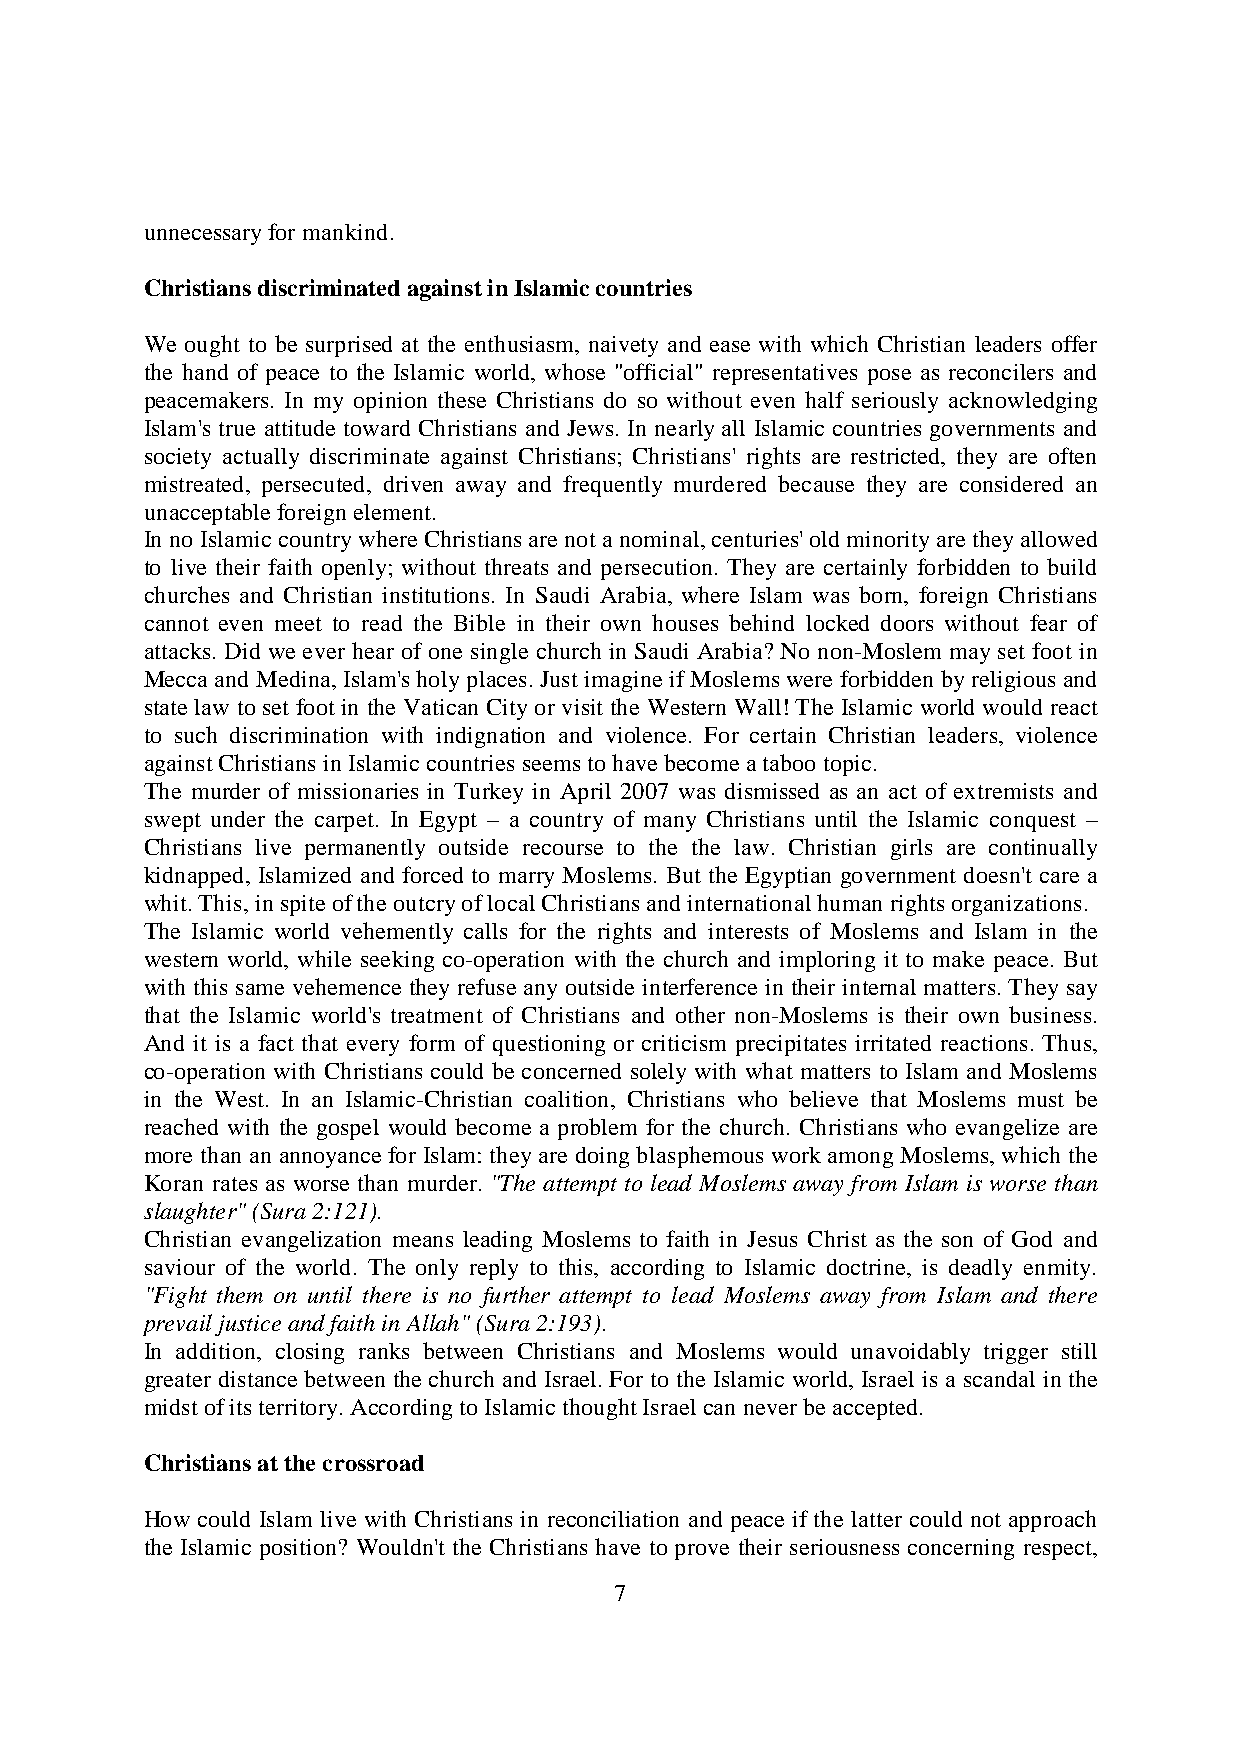
unnecessary for mankind.
 Christians discriminated against in Islamic countries
 We ought to be surprised at the enthusiasm, naivety and ease with which Christian leaders offer
 the hand of peace to the Islamic world, whose "official" representatives pose as reconcilers and
 peacemakers. In my opinion these Christians do so without even half seriously acknowledging
 Islam's true attitude toward Christians and Jews. In nearly all Islamic countries governments and
 society actually discriminate against Christians; Christians' rights are restricted, they are often
 mistreated, persecuted, driven away and frequently murdered because they are considered an
 unacceptable foreign element.
 In no Islamic country where Christians are not a nominal, centuries' old minority are they allowed
 to live their faith openly; without threats and persecution. They are certainly forbidden to build
 churches and Christian institutions. In Saudi Arabia, where Islam was born, foreign Christians
 cannot even meet to read the Bible in their own houses behind locked doors without fear of
 attacks. Did we ever hear of one single church in Saudi Arabia? No non-Moslem may set foot in
 Mecca and Medina, Islam's holy places. Just imagine if Moslems were forbidden by religious and
 state law to set foot in the Vatican City or visit the Western Wall! The Islamic world would react
 to such discrimination with indignation and violence. For certain Christian leaders, violence
 against Christians in Islamic countries seems to have become a taboo topic.
 The murder of missionaries in Turkey in April 2007 was dismissed as an act of extremists and
 swept under the carpet. In Egypt – a country of many Christians until the Islamic conquest –
 Christians live permanently outside recourse to the the law. Christian girls are continually
 kidnapped, Islamized and forced to marry Moslems. But the Egyptian government doesn't care a
 whit. This, in spite of the outcry of local Christians and international human rights organizations.
 The Islamic world vehemently calls for the rights and interests of Moslems and Islam in the
 western world, while seeking co-operation with the church and imploring it to make peace. But
 with this same vehemence they refuse any outside interference in their internal matters. They say
 that the Islamic world's treatment of Christians and other non-Moslems is their own business.
 And it is a fact that every form of questioning or criticism precipitates irritated reactions. Thus,
 co-operation with Christians could be concerned solely with what matters to Islam and Moslems
 in the West. In an Islamic-Christian coalition, Christians who believe that Moslems must be
 reached with the gospel would become a problem for the church. Christians who evangelize are
 more than an annoyance for Islam: they are doing blasphemous work among Moslems, which the
 Koran rates as worse than murder. "The attempt to lead Moslems away from Islam is worse than
 slaughter" (Sura 2:121).
 Christian evangelization means leading Moslems to faith in Jesus Christ as the son of God and
 saviour of the world. The only reply to this, according to Islamic doctrine, is deadly enmity.
 "Fight them on until there is no further attempt to lead Moslems away from Islam and there
 prevail justice and faith in Allah" (Sura 2:193).
 In addition, closing ranks between Christians and Moslems would unavoidably trigger still
 greater distance between the church and Israel. For to the Islamic world, Israel is a scandal in the
 midst of its territory. According to Islamic thought Israel can never be accepted.
 Christians at the crossroad
 How could Islam live with Christians in reconciliation and peace if the latter could not approach
 the Islamic position? Wouldn't the Christians have to prove their seriousness concerning respect,
 7